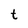
Character: t